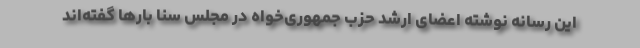
این رسانه نوشته اعضای ارشد حزب جمهوری‌خواه در مجلس سنا بارها گفته‌اند